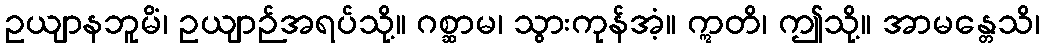
ဥယျာနဘူမိံ၊ ဥယျာဉ်အရပ်သို့။ ဂစ္ဆာမ၊ သွားကုန်အံ့။ ဣတိ၊ ဤသို့။ အာမန္တေသိ၊